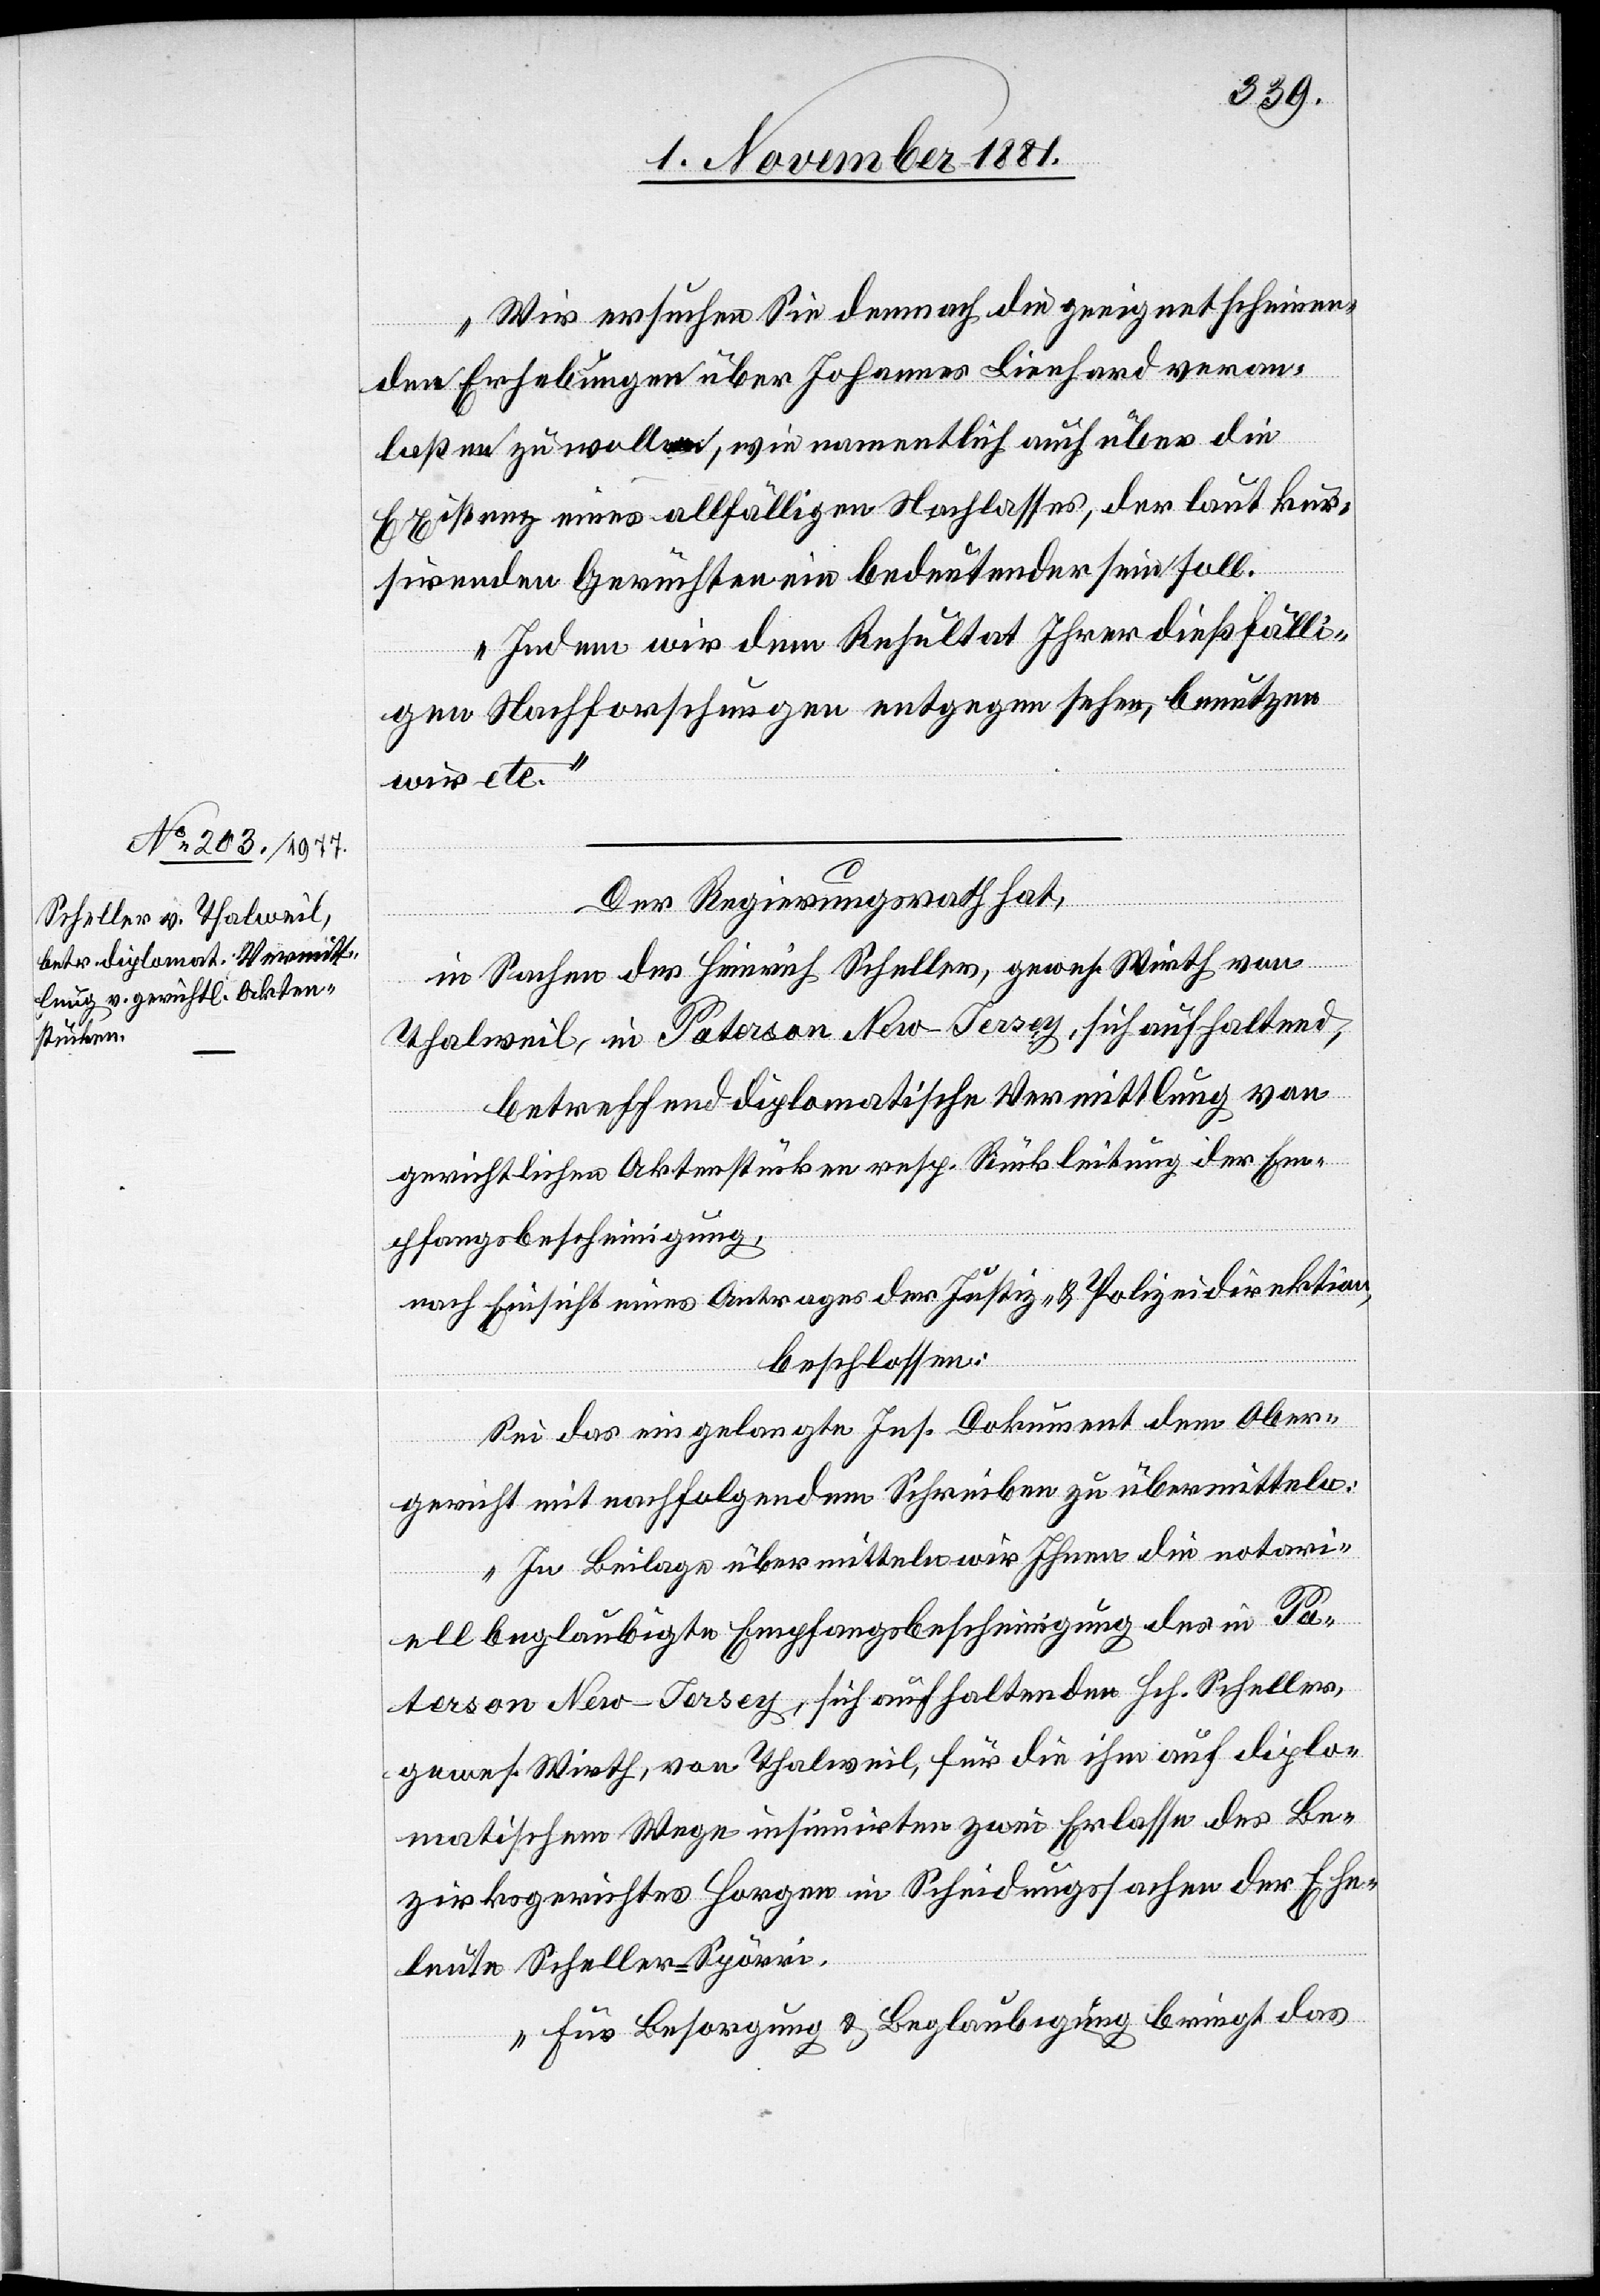
Wir ersuchen Sie demnach die geeignet scheinen¬
den Erhebungen über Johannes Lienhard veran¬
laßen zu wollen, wie namentlich auch über die
Existenz eines allfälligen Nachlasses, der laut kur¬
sirenden Gerüchten ein bedeutender sein soll.
Indem wir dem Resultat Ihrer dießfälli¬
gen Nachforschungen entgegen sehen, benutzen
wir etc.“
Der Regierungsrath hat,
in Sachen des Heinrich Scheller, gewes. Wirth von
Thalweil, in Paterson New Jersey, sich aufhaltend,
betreffend diplomatische Vermittlung von
gerichtlichen Aktenstücken resp. Rückleitung der Em¬
pfangsbescheinigung,
nach Einsicht eines Antrages der Justiz- & Polizeidirektion,
beschlossen:
Sei das eingelangte Ins. Dokument dem Ober¬
gericht mit nachfolgendem Schreiben zu übermitteln:
„In Beilage übermitteln wir Ihnen die notari¬
ell beglaubigte Empfangsbescheinigung des in Pa¬
terson New-Jersey, sich aufhaltenden Hch. Scheller,
gewes. Wirth, von Thalweil, für die ihm auf diplo¬
matischem Wege insinuirten zwei Erlasse des Be¬
zirksgerichtes Horgen in Scheidungssachen der Ehe¬
leute Scheller-Spörri.
Für Besorgung & Beglaubigung bringt das